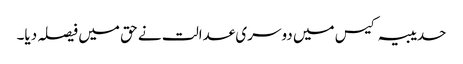
حدیبیہ کیس میں دوسری عدالت نے حق میں فیصلہ دیا۔